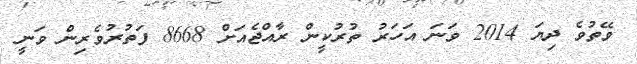
ވޭތުވެ ދިޔަ 2014 ވަނަ އަހަރު ތުރުކީން ރާއްޖެއަށް 8668 ފަތުރުވެރިން ވަނީ